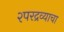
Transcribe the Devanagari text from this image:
२परद्रव्याचा